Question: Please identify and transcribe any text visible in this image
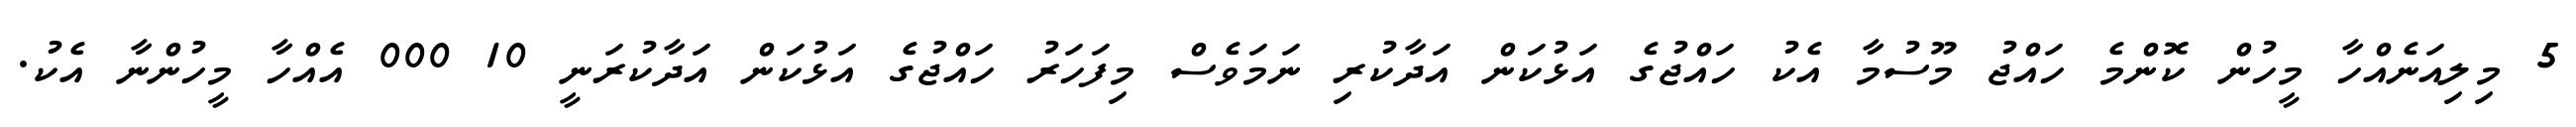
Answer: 5 މިލިއަނެއްހާ މީހުން ކޮންމެ ހައްޖު މޫސުމާ އެކު ހައްޖުގެ އަޅުކަން އަދާކުރި ނަމަވެސް މިފަހަރު ހައްޖުގެ އަޅުކަން އަދާކުރަނީ 10 000 އެއްހާ މީހުންނާ އެކު.